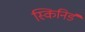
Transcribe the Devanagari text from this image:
स्किनिर्ड